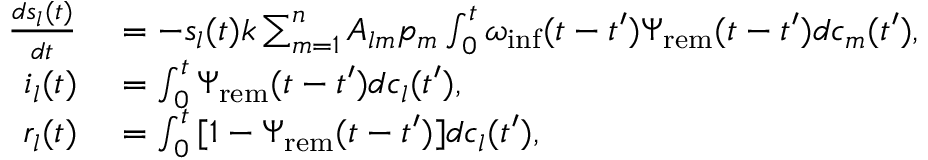
\begin{array} { r l } { \frac { d s _ { l } ( t ) } { d t } } & { { } = - s _ { l } ( t ) k \sum _ { m = 1 } ^ { n } { A _ { l m } p _ { m } \int _ { 0 } ^ { t } { \omega _ { \mathrm { i n f } } ( t - t ^ { \prime } ) \Psi _ { \mathrm { r e m } } ( t - t ^ { \prime } ) d c _ { m } ( t ^ { \prime } ) } } , } \\ { i _ { l } ( t ) } & { { } = \int _ { 0 } ^ { t } { \Psi _ { \mathrm { r e m } } ( t - t ^ { \prime } ) d c _ { l } ( t ^ { \prime } ) } , } \\ { r _ { l } ( t ) } & { { } = \int _ { 0 } ^ { t } { [ 1 - \Psi _ { \mathrm { r e m } } ( t - t ^ { \prime } ) ] d c _ { l } ( t ^ { \prime } ) } , } \end{array}